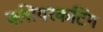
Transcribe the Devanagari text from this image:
क्लीयरकटिंग